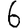
Digit: 6